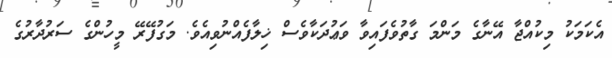
އެކަމަކު މިކުއްޖާ އޭނާގެ މަންމަ ގާތުވެފައިވާ ވަޢުދަކާވެސް ޚިލާފެއްނުވިއެވެ. މަގުފޭރޭ މީހުންގެ ސަރުދާރުގެ